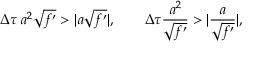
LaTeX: \Delta \tau \, a ^ { 2 } \sqrt { f ^ { \prime } } > \vert a \sqrt { f ^ { \prime } } \vert , \qquad \Delta \tau \frac { a ^ { 2 } } { \sqrt { f ^ { \prime } } } > \vert \frac a { \sqrt { f ^ { \prime } } } \vert ,